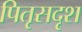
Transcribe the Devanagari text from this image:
पितृसदृश